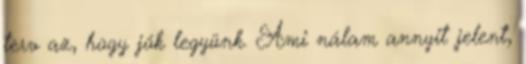
terv az, hogy jók legyünk. Ami nálam annyit jelent,